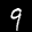
Label: 9